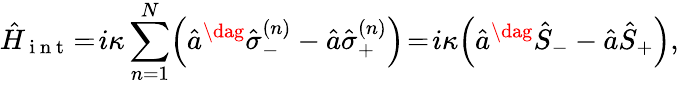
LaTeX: \hat{H}_{\mathrm{~i~n~t~}}\! =\! i\kappa\sum_{n=1}^{N}\! \left(\hat{a}^{\dag}\hat{\sigma}_{-}^{(n)}-\hat{a}\hat{\sigma}_{+}^{(n)}\right)\! =\! i\kappa\! \left(\hat{a}^{\dag}\hat{S}_{-}-\hat{a}\hat{S}_{+}\right),